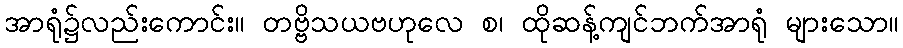
အာရုံ၌လည်းကောင်း။ တဗ္ဗိသယဗဟုလေ စ၊ ထိုဆန့်ကျင်ဘက်အာရုံ များသော။